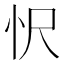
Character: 𢗜